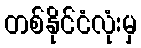
တစ်နိုင်ငံလုံးမှ